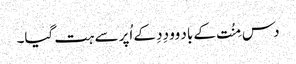
دس مِنُت کے باد وو دِدِ کے اُپر سے ہت گیا۔